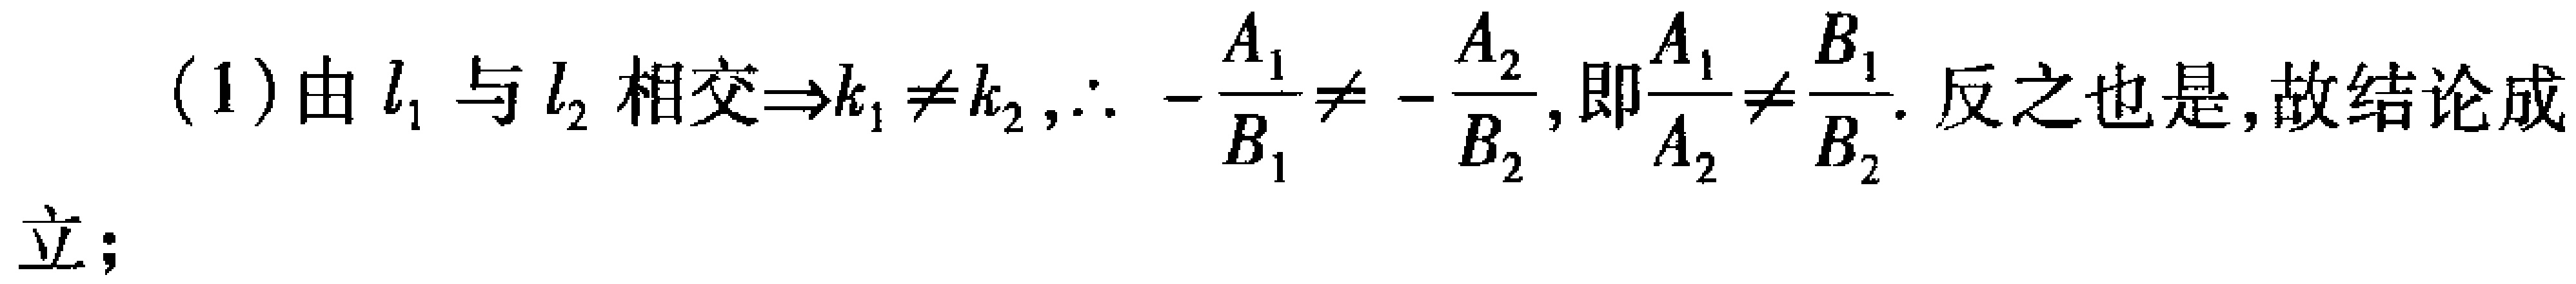
(1) 由 \(l_{1}\) 与 \(l_{2}\) 相交\(\Rightarrow k_{1}\neq k_{2},\therefore -\frac{A_{1}}{B_{1}}\neq -\frac{A_{2}}{B_{2}}\), 即\(\frac{A_{1}}{A_{2}}\neq\frac{B_{1}}{B_{2}}\). 反之也是, 故结论成立；